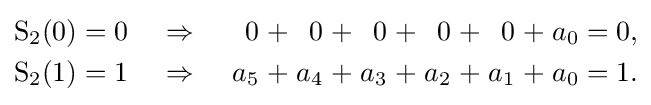
{\begin{alignedat}{17}\operatorname {S} _{2}(0)&&\;=\;&&0\;\;\;\;\;&&\Rightarrow &&\;\;\;\;\;0\;&&+&&\;0\;&&+&&\;0\;&&+&&\;0\;&&+&&\;0\;&&+&&\;a_{0}&&\;=\;&&0,&\\\operatorname {S} _{2}(1)&&\;=\;&&1\;\;\;\;\;&&\Rightarrow &&\;\;\;\;\;a_{5}\;&&+&&\;a_{4}\;&&+&&\;a_{3}\;&&+&&\;a_{2}\;&&+&&\;a_{1}\;&&+&&\;a_{0}&&\;=\;&&1.&\end{alignedat}}